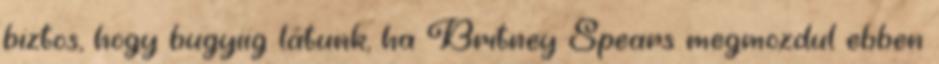
biztos, hogy bugyiig látunk, ha Britney Spears megmozdul ebben